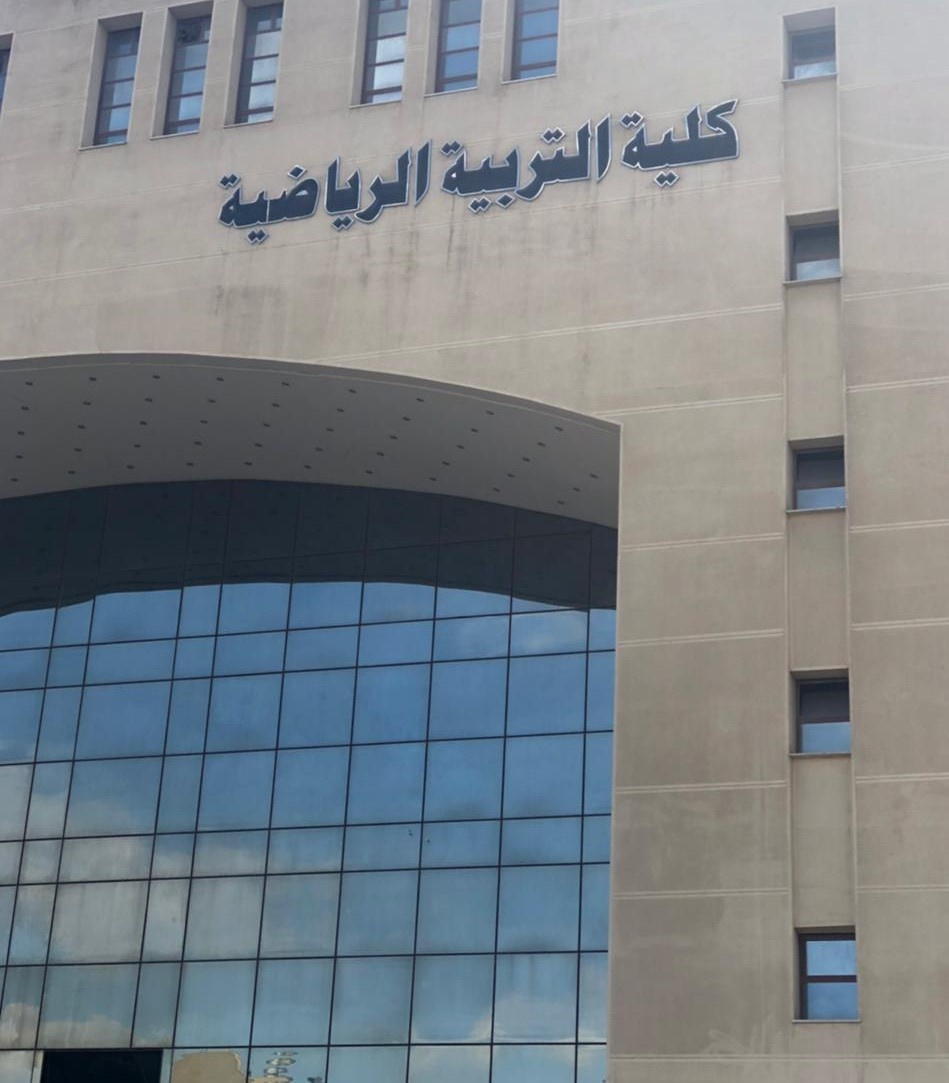
Text in image: كلية التربية الرياضية